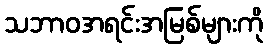
သဘာဝအရင်းအမြစ်များကို